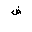
Letter: _dad